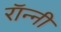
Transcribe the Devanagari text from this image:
राॅन्नी